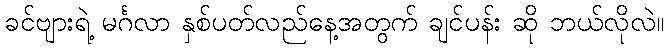
ခင်ဗျားရဲ့ မင်္ဂလာ နှစ်ပတ်လည်နေ့အတွက် ချင်ပန်း ဆို ဘယ်လိုလဲ။